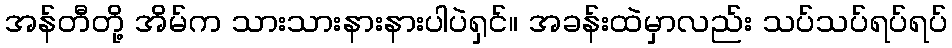
အန်တီတို့ အိမ်က သားသားနားနားပါပဲရှင်။ အခန်းထဲမှာလည်း သပ်သပ်ရပ်ရပ်